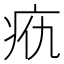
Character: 𰣥